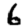
Digit: 6